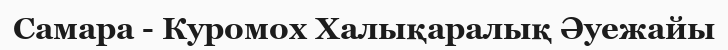
Самара - Куромох Халықаралық Әуежайы